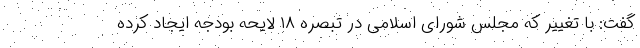
گفت: با تغییر که مجلس شورای اسلامی در تبصره ۱۸ لایحه بودجه ایجاد کرده